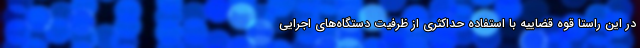
در این راستا قوه قضاییه با استفاده حداکثری از ظرفیت دستگاه‌های اجرایی